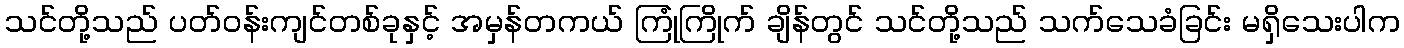
သင်တို့သည် ပတ်ဝန်းကျင်တစ်ခုနှင့် အမှန်တကယ် ကြုံကြိုက် ချိန်တွင် သင်တို့သည် သက်သေခံခြင်း မရှိသေးပါက